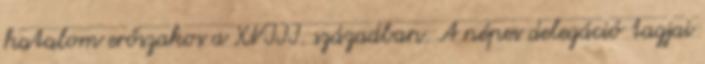
hatalom erőszakos a XVIII. században. A népes delegáció tagjai